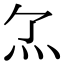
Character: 𤆒